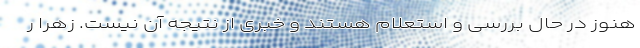
هنوز در حال بررسی و استعلام هستند و خبری از نتیجه آن نیست. زهرا ر